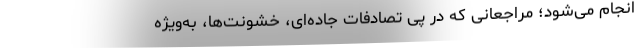
انجام می‌شود؛ مراجعانی که در پی تصادفات جاده‌ای، خشونت‌ها، به‌ویژه